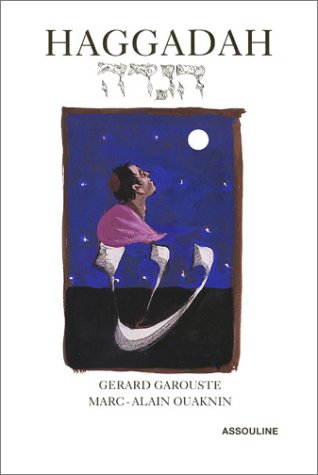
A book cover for Haggadah: The Passover Story; Gerard Garouste; Religion & Spirituality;